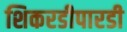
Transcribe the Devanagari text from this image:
शिकरडीपारडी